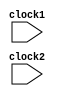
module processor(clock1, clock2);
  // 2-phase clocks:
  // - for controlled operations in each pipeline stage
  // With a single clock activating all stages at once, the successive
  // pipeline stages can work incorrectly if the input for one stage doesn't
  // arrive in time from the previous stage.
  // With 2-phase clocks each adjacent stages will be activated alternately
  // avoid this scenerio
  input clock1, clock2;

  reg [31:0] register_bank [0:15];
  reg [31:0] instruction_memory [0:1023];
  reg [31:0] data_memory [0:1023];

  // opcodes
  parameter 
    HLT = 4'b0000,
    MOV = 4'b0001,
    MVI = 4'b0010,
    LOD = 4'b0011,
    STR = 4'b0100,
    ADD = 4'b0101,
    SUB = 4'b0110,
    MUL = 4'b0111,
    AND = 4'b1000,
    ORR = 4'b1001,
    NOT = 4'b1010,
    LES = 4'b1011,
    GTR = 4'b1100,
    JEZ = 4'b1101,
    JNZ = 4'b1110,
    JMP = 4'b1111;

    

  // ----- instruction fetch (if) stage -----
  
  // states
  reg [31:0] if_pc, if_next_pc, if_ir;
  reg if_halted, if_branch_taken, if_next_branch_taken;

  initial
  begin
    if_halted <= 0;
    if_next_pc <= 0;
    if_next_branch_taken <= 0;
    id_invalid <= 1;
    ex_invalid <= 1;
    ma_invalid <= 1;
  end
  
  always @ (posedge clock1) 
  begin
    // if and ex stages are activated by the same clock 
    // so waiting some time to let the branch and halted signals from ex
    // stage come in
    #2;
    if (if_halted == 0)
    begin
      if_pc = if_next_pc;
      if_branch_taken = if_next_branch_taken;
      if (if_branch_taken == 1)
      begin
        if_next_branch_taken = 0;
      end
      else 
      begin
        if_ir = instruction_memory[if_pc];
        if_next_pc = if_pc + 1;
      end
    end
  end



  // ----- instruction decode (id) stage -----

  // states
  reg [3:0] id_opcode, id_rdest, id_ra, id_rb;
  reg [31:0] id_pc, id_rdest_val, id_ra_val, id_rb_val, id_immediate;
  reg id_invalid; // due to branch jump or program being halted, the instruction in this stage of pipeline can be invalid

  always @ (posedge clock2)
  begin 
    // instruction decoding
    id_opcode <= if_ir[31:28];
    id_rdest <= if_ir[27:24];
    id_ra <= if_ir[23:20];
    id_rb <= if_ir[19:16];
    id_rdest_val <= register_bank[if_ir[27:24]]; // register prefetching
    id_ra_val <= register_bank[if_ir[23:20]];
    id_rb_val <= register_bank[if_ir[19:16]];
    // 16-bit signed immediate number need to be converted to 32-bits
    // for that the signed bit needs to be copied as 16-MSBs
    id_immediate <= {{16{if_ir[15]}}, {if_ir[15:0]}};

    id_pc <= if_pc;
    id_invalid <= (if_branch_taken | if_halted) ? 1: 0;
  end




  // ----- execute (ex) stage: ALU and branch instruction execution -----

  // states
  reg [3:0] ex_opcode, ex_rdest, ex_ra, ex_rb;
  reg [31:0] ex_alu_result, ex_pc, ex_rdest_val, ex_ra_val, ex_rb_val, ex_immediate;
  reg ex_invalid, ex_has_result;


  always @ (posedge clock1) 
  begin
    if (id_invalid == 0) 
    begin
      ex_invalid <= 0;
      ex_opcode <= id_opcode;
      ex_pc <= id_pc;
      ex_rdest <= id_rdest;
      ex_ra <= id_ra;
      ex_rb <= id_rb;
      ex_rdest_val <= id_rdest_val;
      ex_ra_val <= id_ra_val;
      ex_rb_val <= id_rb_val;
      ex_immediate <= id_immediate;
      case (id_opcode)
        ADD: begin ex_has_result <= 1; ex_alu_result <= id_ra_val + id_rb_val; end
        SUB: begin ex_has_result <= 1; ex_alu_result <= id_ra_val - id_rb_val; end
        MUL: begin ex_has_result <= 1; ex_alu_result <= id_ra_val * id_rb_val; end
        AND: begin ex_has_result <= 1; ex_alu_result <= id_ra_val & id_rb_val; end
        ORR: begin ex_has_result <= 1; ex_alu_result <= id_ra_val | id_rb_val; end
        NOT: begin ex_has_result <= 1; ex_alu_result <= ~id_ra_val; end
        LES: begin ex_has_result <= 1; ex_alu_result <= (id_ra_val < id_rb_val) ? 1 : 0; end
        GTR: begin ex_has_result <= 1; ex_alu_result <= (id_ra_val > id_rb_val) ? 1 : 0; end
        JEZ: begin
          ex_has_result <= 0;
          if (id_rdest_val == 0) begin
            if_next_branch_taken <= 1;
            if_next_pc <= id_pc + id_immediate; // pc = pc + offset
          end
        end
        JNZ: begin
          ex_has_result <= 0;
          if (id_rdest_val != 0) begin
            if_next_branch_taken <= 1;
            if_next_pc <= id_pc + id_immediate; // pc = pc + offset
          end
        end
        JMP: begin
          ex_has_result <= 0;
          begin
            if_next_branch_taken <= 1;
            if_next_pc <= id_pc + id_immediate; // pc = pc + offset
          end
        end
        HLT: begin ex_has_result <= 0; if_halted <= 1; end
      endcase
    end
    else ex_invalid <= 1;
  end



  // ----- memory access (ma) stage: memory store and load instruction execution -----

  // states
  reg [3:0] ma_opcode, ma_rdest, ma_ra, ma_rb;
  reg [31:0] ma_alu_result, ma_ra_val, ma_immediate;
  reg ma_invalid, ma_has_result;
  
  always @ (posedge clock2)
  begin
    if (ex_invalid == 0)
    begin
      ma_invalid <= 0;
      ma_opcode <= ex_opcode;
      ma_rdest <= ex_rdest;
      ma_ra <= ex_ra;
      ma_rb <= ex_rb;
      ma_ra_val <= ex_ra_val;
      ma_immediate <= ex_immediate;
      ma_alu_result <= ex_alu_result;
      ma_has_result <= ex_has_result;
      case (ex_opcode)
        LOD: register_bank[ex_rdest] <= data_memory[ex_ra_val + ex_immediate];
        STR: data_memory[ex_ra_val + ex_immediate] <= register_bank[ex_rdest];
      endcase
    end
    else ma_invalid <= 1;
  end



  // ----- write-back (wb) stage: register move instr. + ALU result writeback

  always @ (posedge clock1)
  begin
    if (ma_invalid == 0)
    begin
      if (ma_has_result == 1) begin 
        register_bank[ma_rdest] <= ma_alu_result;
      end
      case (ma_opcode)
        MOV: register_bank[ma_rdest] <= ma_ra_val;
        MVI: register_bank[ma_rdest] <= ma_immediate;
      endcase
    end
  end


endmodule